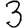
Digit: 3